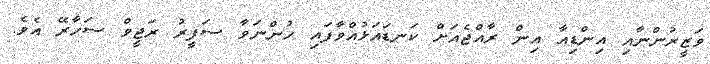
ވަޒީރުންނާއި އިންޑިއާ އިން ރާއްޖެއަށް ކަނޑައަޅުއްވާފައި ހުންނަވާ ސަފީރު ރަޖީވް ސަހާރޭ އެވެ.